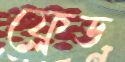
ফ্লেড